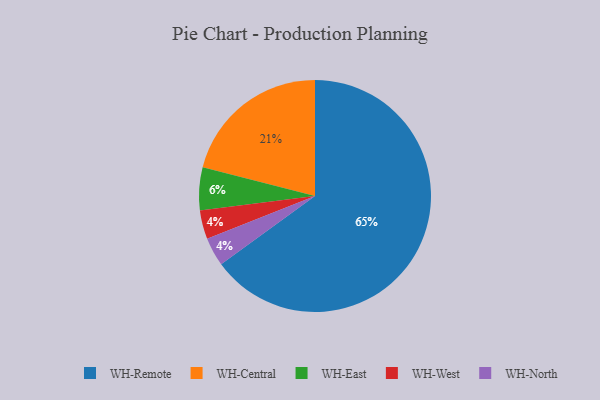
{"axis": {"x": "Category", "y": "Percentage"}, "legend": ["WH-Central", "WH-East", "WH-North", "WH-Remote", "WH-West"], "data": [{"x": "WH-East", "y": 6, "type": "WH-East"}, {"x": "WH-West", "y": 4, "type": "WH-West"}, {"x": "WH-Remote", "y": 65, "type": "WH-Remote"}, {"x": "WH-North", "y": 4, "type": "WH-North"}, {"x": "WH-Central", "y": 21, "type": "WH-Central"}]}